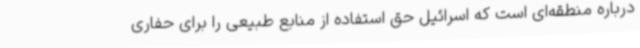
درباره منطقه‌ای است که اسرائیل حق استفاده از منابع طبیعی را برای حفاری